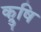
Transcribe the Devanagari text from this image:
क्रुषि